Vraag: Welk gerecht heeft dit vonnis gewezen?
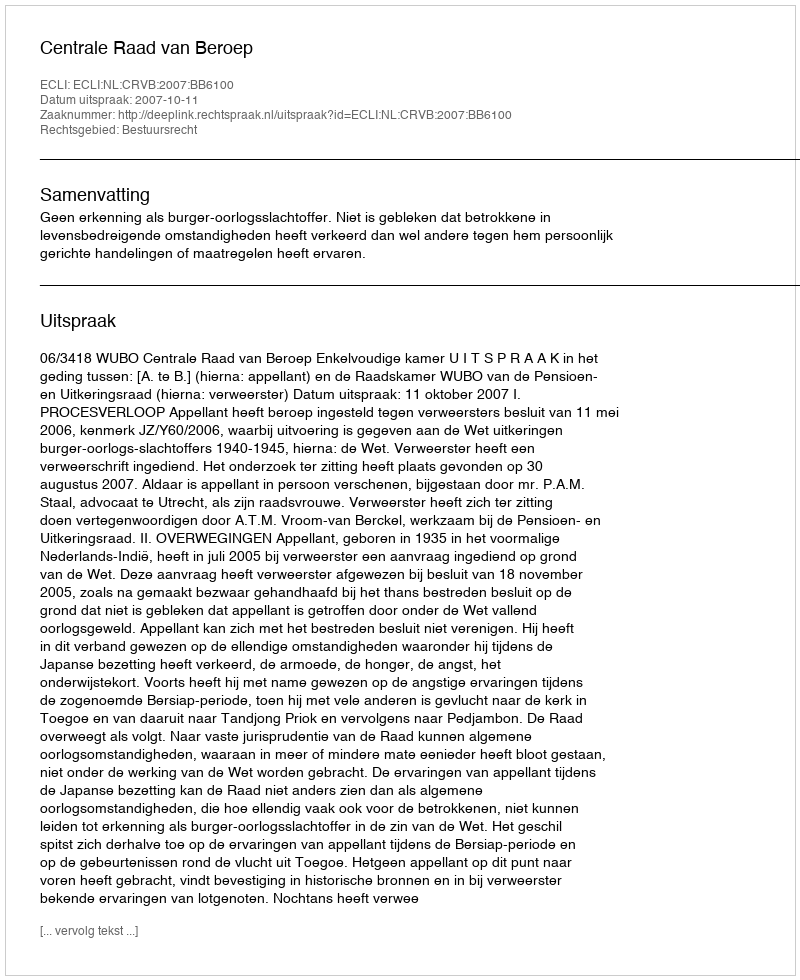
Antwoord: Centrale Raad van Beroep